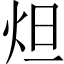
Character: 炟